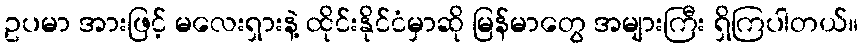
ဥပမာ အားဖြင့် မလေးရှားနဲ့ ထိုင်းနိုင်ငံမှာဆို မြန်မာတွေ အများကြီး ရှိကြပါတယ်။